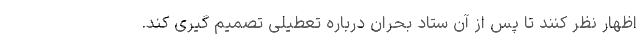
اظهار نظر کنند تا پس از آن ستاد بحران درباره تعطیلی تصمیم گیری کند.